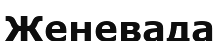
Женевада